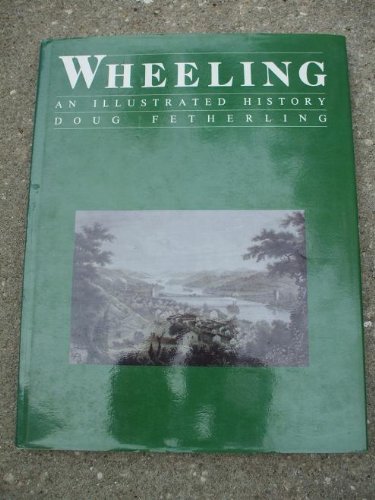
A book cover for Wheeling, an illustrated history; George Fetherling; Travel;